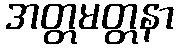
အတ္တမတ္တနာ